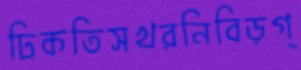
ঢিকতিসখরনিবিড়গ্